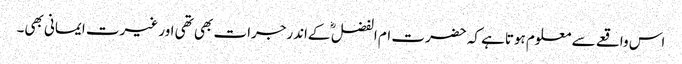
اس واقعے سے معلوم ہوتاہے کہ حضرت ام الفضل ؓ کےاندرجرات بھی تھی اور غیرت ایمانی بھی۔